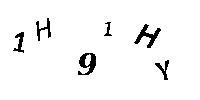
1H91HY